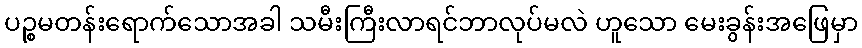
ပဉ္စမတန်းရောက်သောအခါ သမီးကြီးလာရင်ဘာလုပ်မလဲ ဟူသော မေးခွန်းအဖြေမှာ